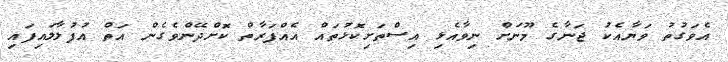
އެވަގުތު ވަޔާއެކު ޖަނާގެ މޫނަށް ނިވާއެޅި އިސްތަށިކޮޅުތައް އެއްފަރާތް ކޮށްދޭންވެގެން އަތް އުފުލާލައިފައި